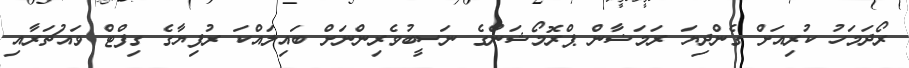
ރޯދަމަހު ކުރިއަށް ގެންދިޔަ ރަމަޟާން ޕްރޮމޯޝަންގެ ނަސީބުވެރިންނަށް ބައިލައްކަ ރުފިޔާގެ ގިފްޓް ވައުޗަރާއި